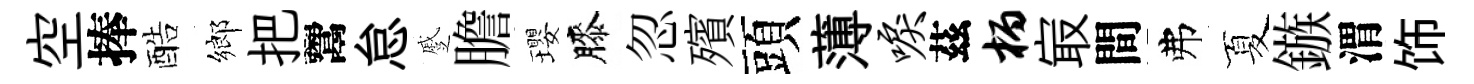
空捧酷鄉把鬻怠蹙膽瓔膝忽殯頭薄唳茲柄㝡間弗夏鏃渭饰